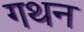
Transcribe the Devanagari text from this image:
गथन